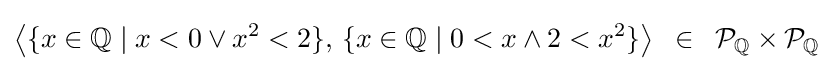
{\big \langle }\{x\in {\mathbb {Q} }\mid x<0\lor x^{2}<2\},\,\{x\in {\mathbb {Q} }\mid 0<x\land 2<x^{2}\}{\big \rangle }\,\ \in \,\ {{\mathcal {P}}_{\mathbb {Q} }}\times {{\mathcal {P}}_{\mathbb {Q} }}